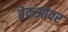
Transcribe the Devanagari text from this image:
ब्रेकओवर